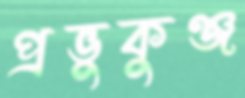
প্রভুকুঞ্জ